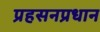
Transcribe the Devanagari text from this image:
प्रहसनप्रधान